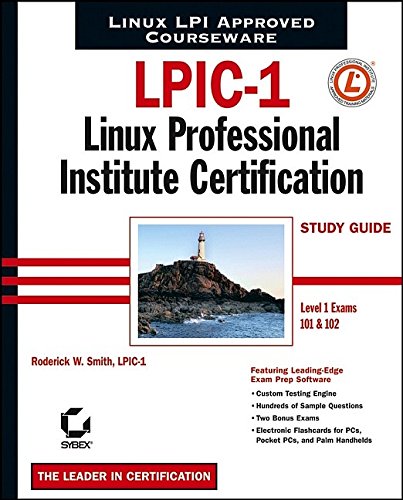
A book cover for LPIC-1: Linux Professional Institute Certification Study Guide (Level 1 Exams 101 and 102); Roderick W. Smith; Computers & Technology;